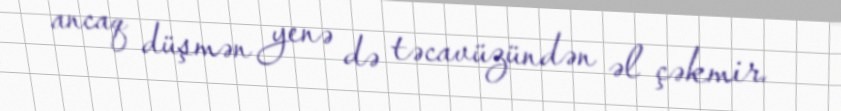
ancaq düşmən yenə də təcavüzündən əl çəkmir.